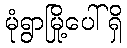
မုံရွာမြို့ပေါ်ရှိ